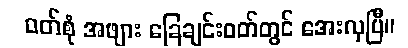
ဝတ်စုံ အဖျား ခြေချင်းဝတ်တွင် အေးလှပြီ။